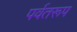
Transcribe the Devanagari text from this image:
पर्वतरूप